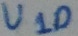
Text: U10